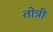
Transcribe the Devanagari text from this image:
तोत्री